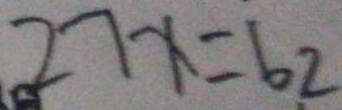
2 7 x = 6 2